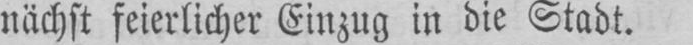
nächst feierlicher Einzug in die Stadt.